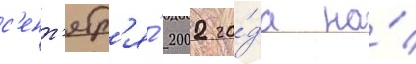
с'ент'ябр'я́ 2002 го́да на́